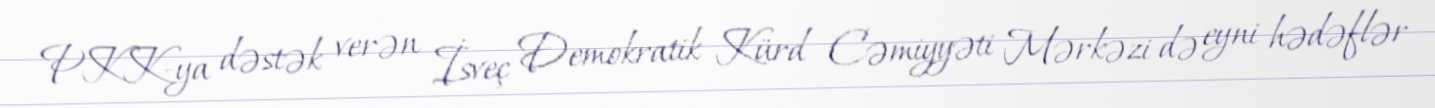
PKK-ya dəstək verən İsveç Demokratik Kürd Cəmiyyəti Mərkəzi də eyni hədəflər